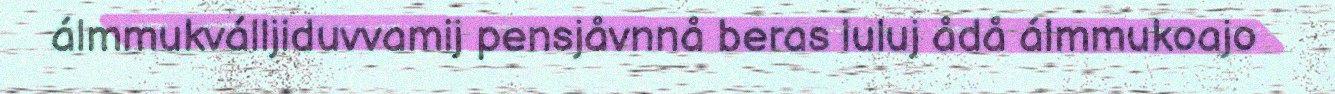
álmmukválljiduvvamij pensjåvnnå beras luluj ådå álmmukoajo